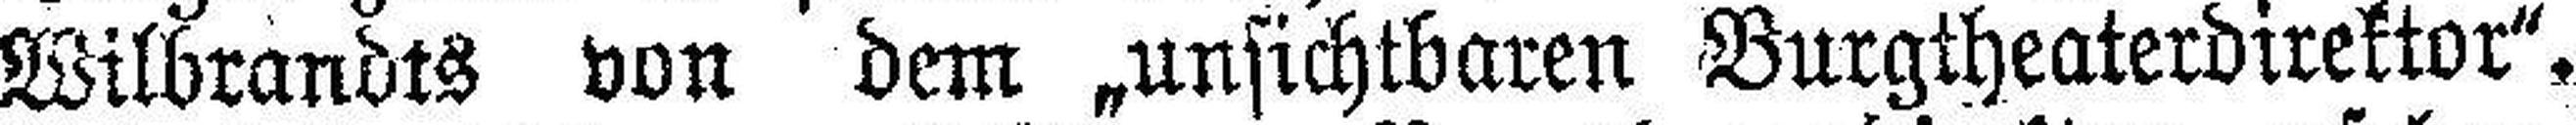
Wilbrandts von dem „unsichtbaren Burgtheaterdirektor“.